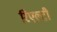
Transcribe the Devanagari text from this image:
रिएल्टी